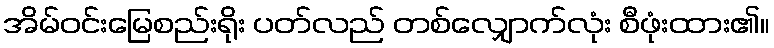
အိမ်ဝင်းမြေစည်းရိုး ပတ်လည် တစ်လျှောက်လုံး စီဖုံးထား၏။